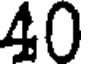
40